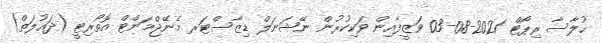
ޙުލާސާ ރިޕޯޓް 2021-08-03 ވަޒީފާއިން ވަކިކުރުން ނޭޝަނަލް ޑިޒާސްޓަރ މެނޭޖްމަންޓް އޮތޯރިޓީ (ދައުލަތް)